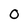
Character: 0